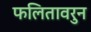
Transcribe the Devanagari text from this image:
फलितावरुन